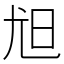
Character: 𡯟